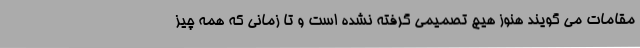
مقامات می گویند هنوز هیچ تصمیمی گرفته نشده است و تا زمانی که همه چیز